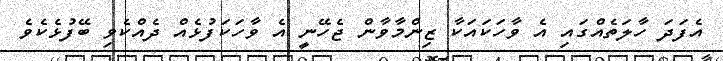
އެފަދަ ހާލަތެއްގައި އެ ވާހަކައަކާ ޒިންމާވާން ޖެހޭނީ އެ ވާހަކަފުޅެއް ދެއްކެވި ބޭފުޅެކެވެ